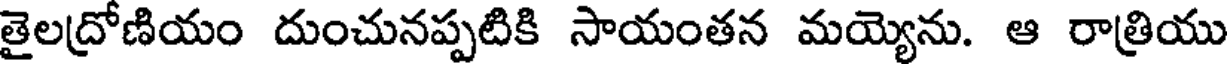
తైలద్రోణియం దుంచునప్పటికి సాయంతన మయ్యెను. ఆ రాత్రియు